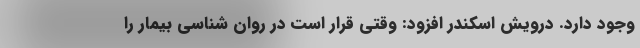
وجود دارد. درویش اسکندر افزود: وقتی قرار است در روان شناسی بیمار را